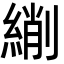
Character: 䌃